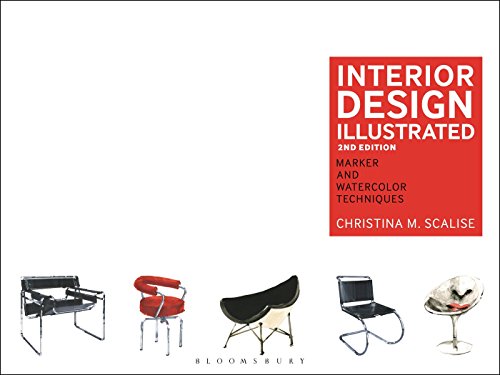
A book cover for Interior Design Illustrated: Marker and Watercolor Techniques (International Critical Commentary); Christina M. Scalise; Arts & Photography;